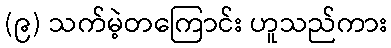
(၉) သက်မဲ့တကြောင်း ဟူသည်ကား